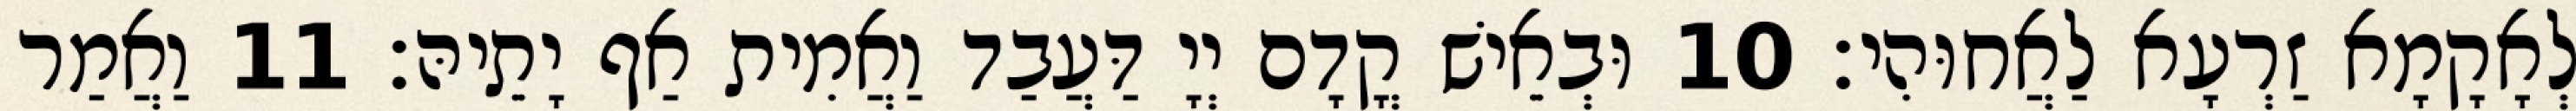
לְאָקָמָא זַרְעָא לַאֲחוּהִי׃ 10 וּבְאֵישׁ קֳדָם יְיָ דַּעֲבַד וַאֲמִית אַף יָתֵיהּ׃ 11 וַאֲמַר